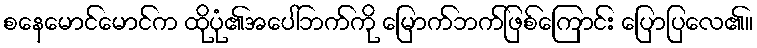
စနေမောင်မောင်က ထိုပုံ၏အပေါ်ဘက်ကို မြောက်ဘက်ဖြစ်ကြောင်း ပြောပြလေ၏။